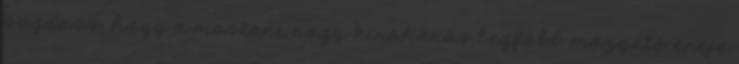
sugdoss, hogy a mostani nagy kirohanás legfőbb mozgató ereje